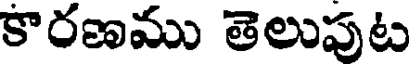
కారణము తెలుపుట